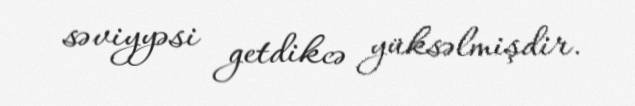
səviyyəsi getdikcə yüksəlmişdir.